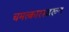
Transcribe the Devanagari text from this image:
चमत्‍कारस्‍वरूप